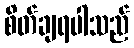
စိတ်ချရပါသည်